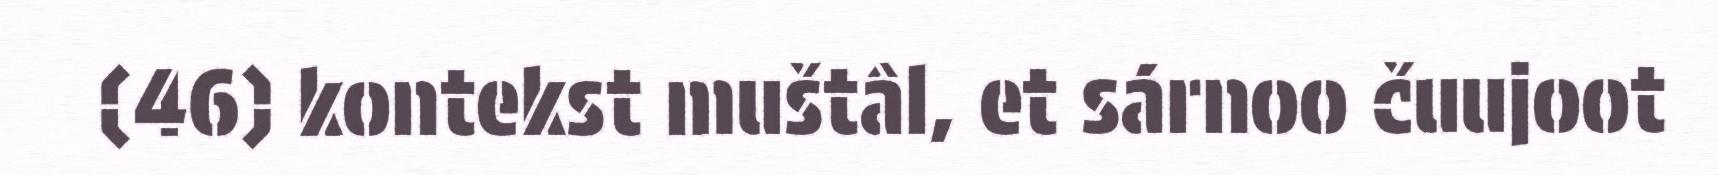
(46) kontekst muštâl, et sárnoo čuujoot